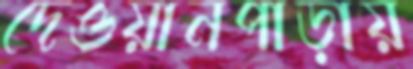
দেওয়ানপাড়ায়